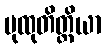
ပုထုတိတ္ထိယာ